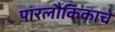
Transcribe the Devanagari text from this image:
पारलौकिकाचे